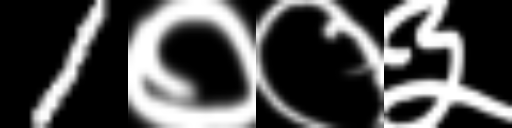
Text: 1००३